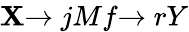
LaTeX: \mathbf{X}{\xrightarrow{}{{j}}}Mf{\xrightarrow{}{{r}}}Y